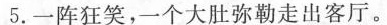
5.一阵狂笑，一个大肚弥勒走出客厅。